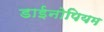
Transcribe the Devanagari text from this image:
डाईनोपियम